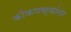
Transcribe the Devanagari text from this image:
कोंकणस्थांना